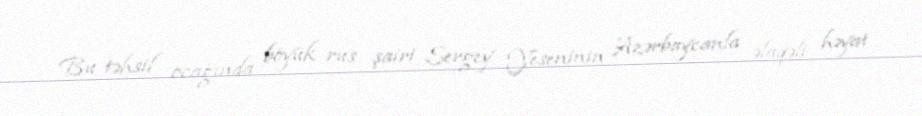
Bu təhsil ocağında böyük rus şairi Sergey Yeseninin Azərbaycanla əlaqəli həyat